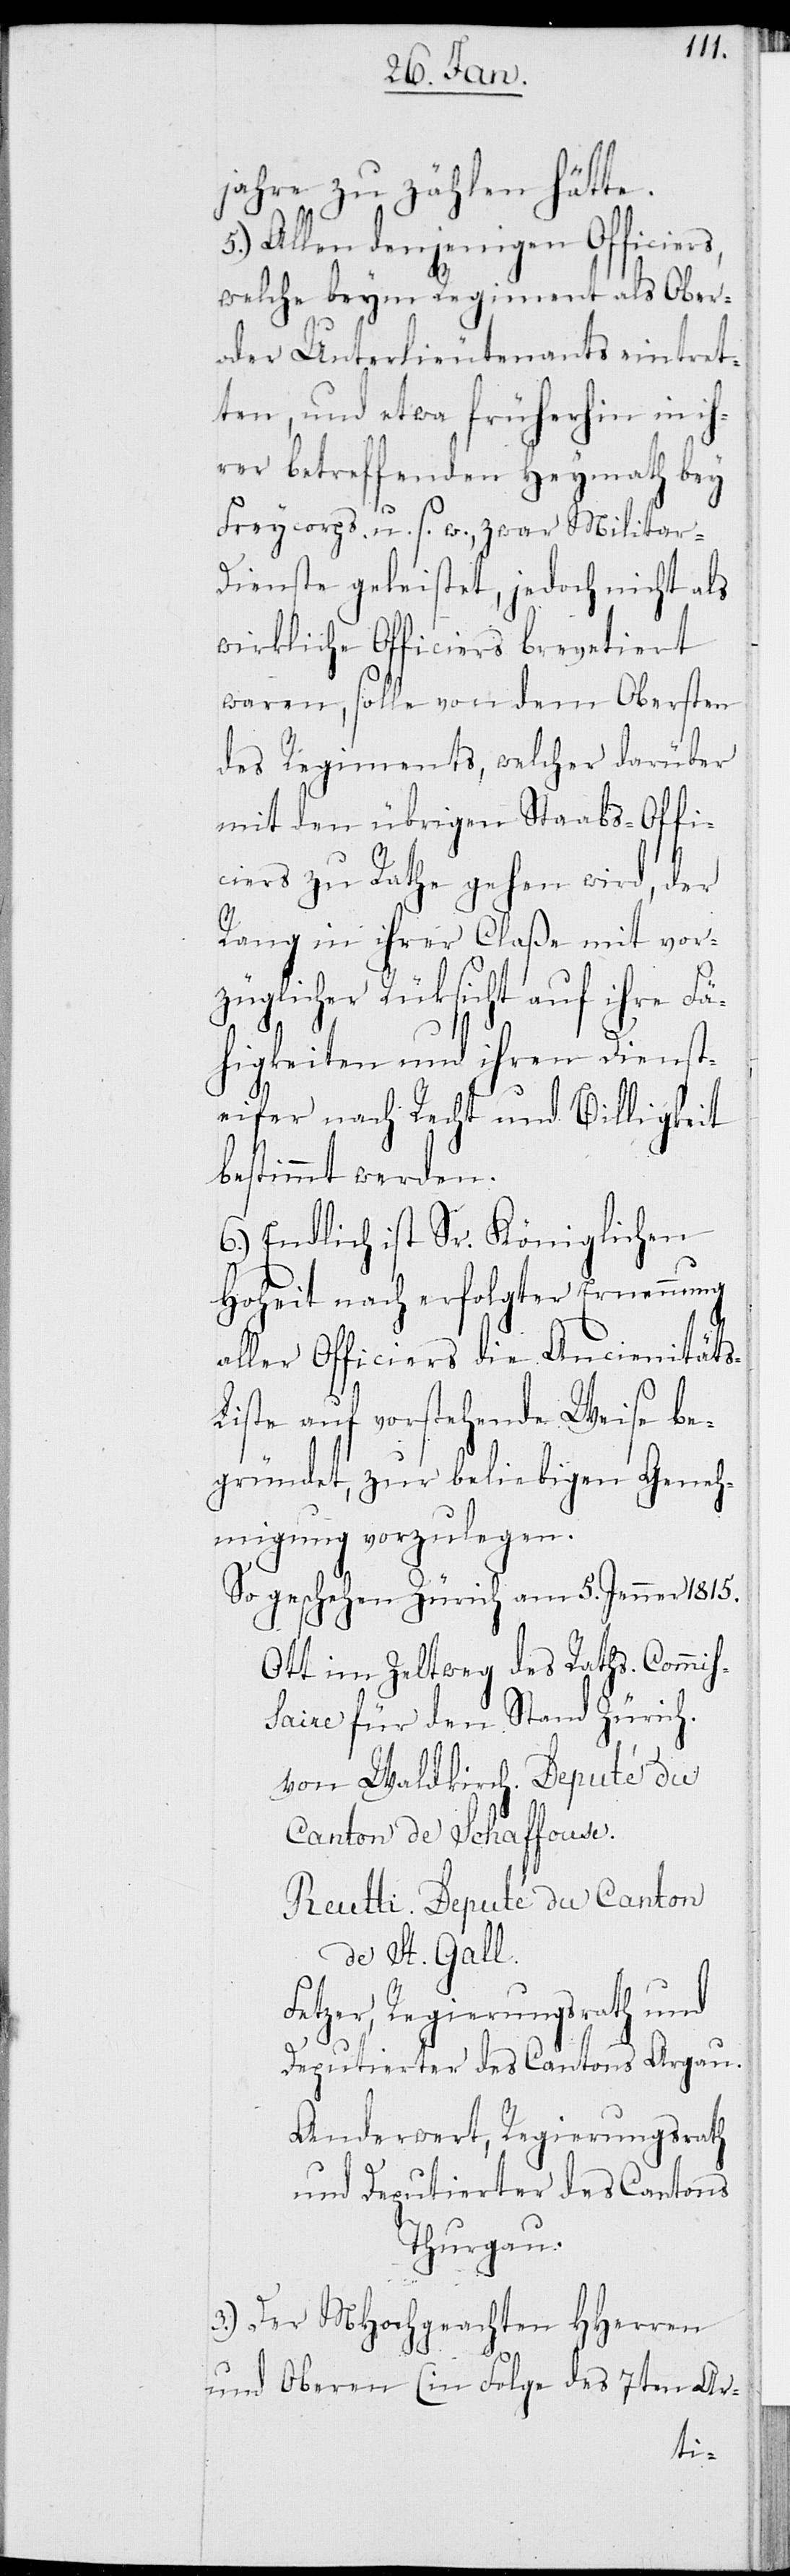
jahre zu zählen hätte.
5.) Allen denjenigen Officiers,
welche beym Regiment als Ober-
oder Unterlieutenants eintret¬
ten, und etwa früherhin in ih¬
rer betreffenden Heymath bey
Freycorps u. s. w., zwar Militar-D¬
ienste geleistet, jedoch nicht als
wirkliche Officiers brevetiert
waren, solle von dem Obersten
des Regiments, welcher darüber
mit den übrigen Staabs-Offi¬
ciers zu Rathe gehen wird, der
Rang in ihrer Claße mit vor¬
züglicher Rüksicht auf ihre Fä¬
higkeiten und ihren Dienst¬
eifer nach Recht und Billigkeit
bestimmt werden.
6.) Endlich ist Sr. Königlichen
Hoheit nach erfolgter Ernennung
aller Officiers die Ancienität¬
iste auf vorstehende Weise be¬
gründet, zur beliebigen Geneh¬
migung vorzulegen.
So geschehen Zürich am 5. Jenner 1815.
Ott im Zeltweg des Raths. Commiß¬
aire für den Stand Zürich.
von Waldkirch. Deputé du
Canton de Schaffouse.
Reutti. Deputé du Canton
de St. Gall.
Fetzer, Regierungsrath und
Deputierter des Cantons Argau.
Anderwert, Regierungsrath
und Deputierter des Cantons
Thurgau.
3.) Der MHochgeachten HHerren
und Oberen (in Folge des 7ten Ar-
s-L¬